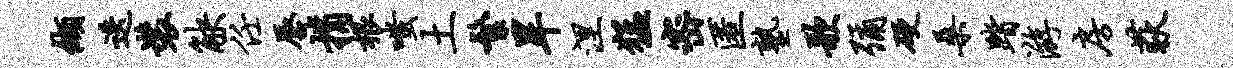
缬迭装觖任唇捐根嗤土繁旱涅猛密匿塾歌弥硬桑踏游房荻